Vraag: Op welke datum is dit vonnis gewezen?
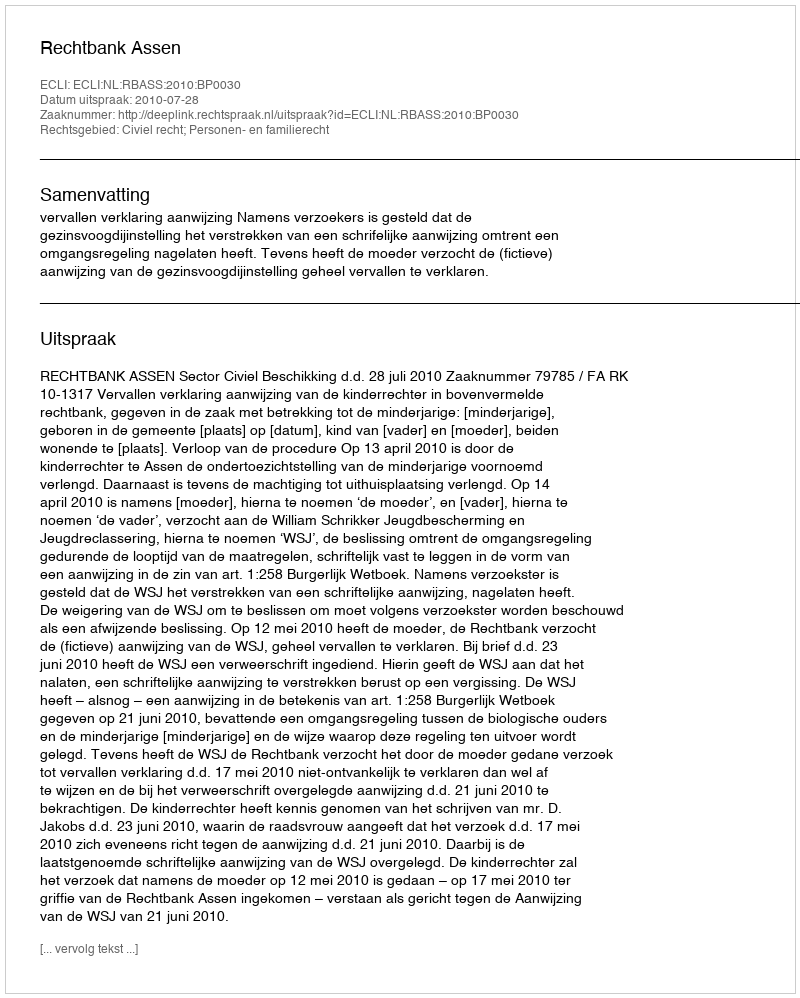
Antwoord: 2010-07-28